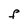
Character: F